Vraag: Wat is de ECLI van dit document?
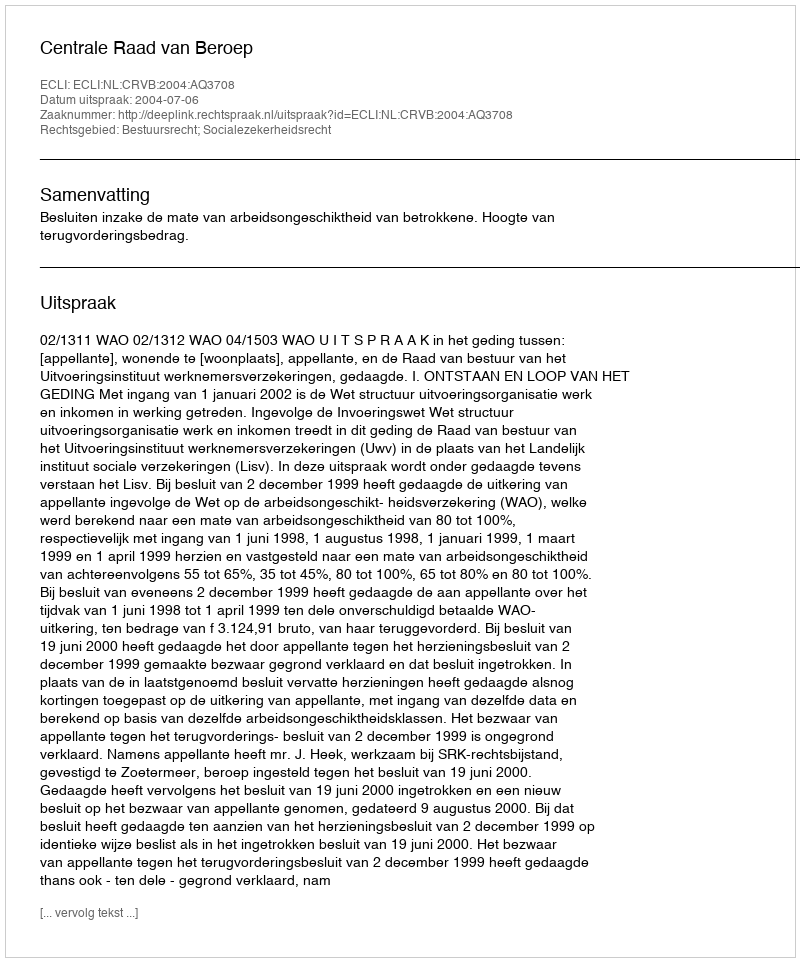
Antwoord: ECLI:NL:CRVB:2004:AQ3708